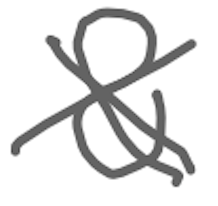
Text: &
Cross-out: cross
Writing tool: digital_gray